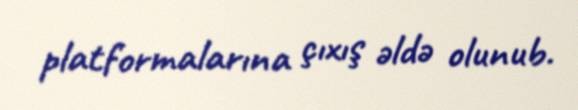
platformalarına çıxış əldə olunub.